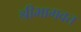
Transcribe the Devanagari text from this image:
श्रीभागवत